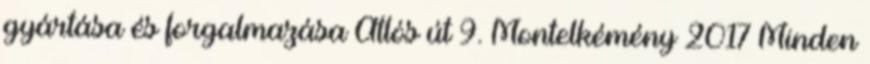
gyártása és forgalmazása Átlós út 9. Montelkémény 2017 Minden